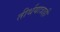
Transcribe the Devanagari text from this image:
तीर्थयात्राही